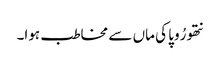
نتھو رُوپا کی ماں سے مخاطب ہوا۔